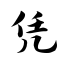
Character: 凭